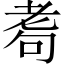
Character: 耈